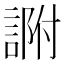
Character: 𧨽